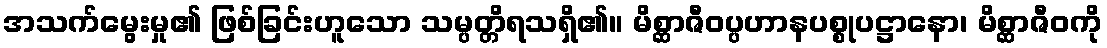
အသက်မွေးမှု၏ ဖြစ်ခြင်းဟူသော သမ္ပတ္တိရသရှိ၏။ မိစ္ဆာဇီဝပ္ပဟာနပစ္စုပဋ္ဌာနော၊ မိစ္ဆာဇီဝကို